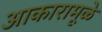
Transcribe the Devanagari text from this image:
आकारामूळे